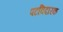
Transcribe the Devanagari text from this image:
पटविदारक